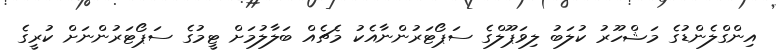
އިންގްލެންޑުގެ މަޝްހޫރު ކުލަބު ލިވަޕޫލްގެ ސަޕޯޓަރުންނާއެކު މެޗެއް ބަލާލުމަށް ޓީމުގެ ސަޕޯޓަރުންނަށް ކުރީގެ